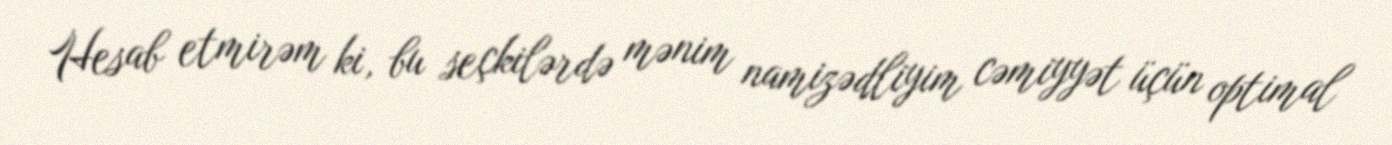
Hesab etmirəm ki, bu seçkilərdə mənim namizədliyim cəmiyyət üçün optimal